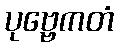
ပုဗ္ဗေကတံ